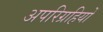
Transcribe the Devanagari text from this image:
अपरिग्रहियों